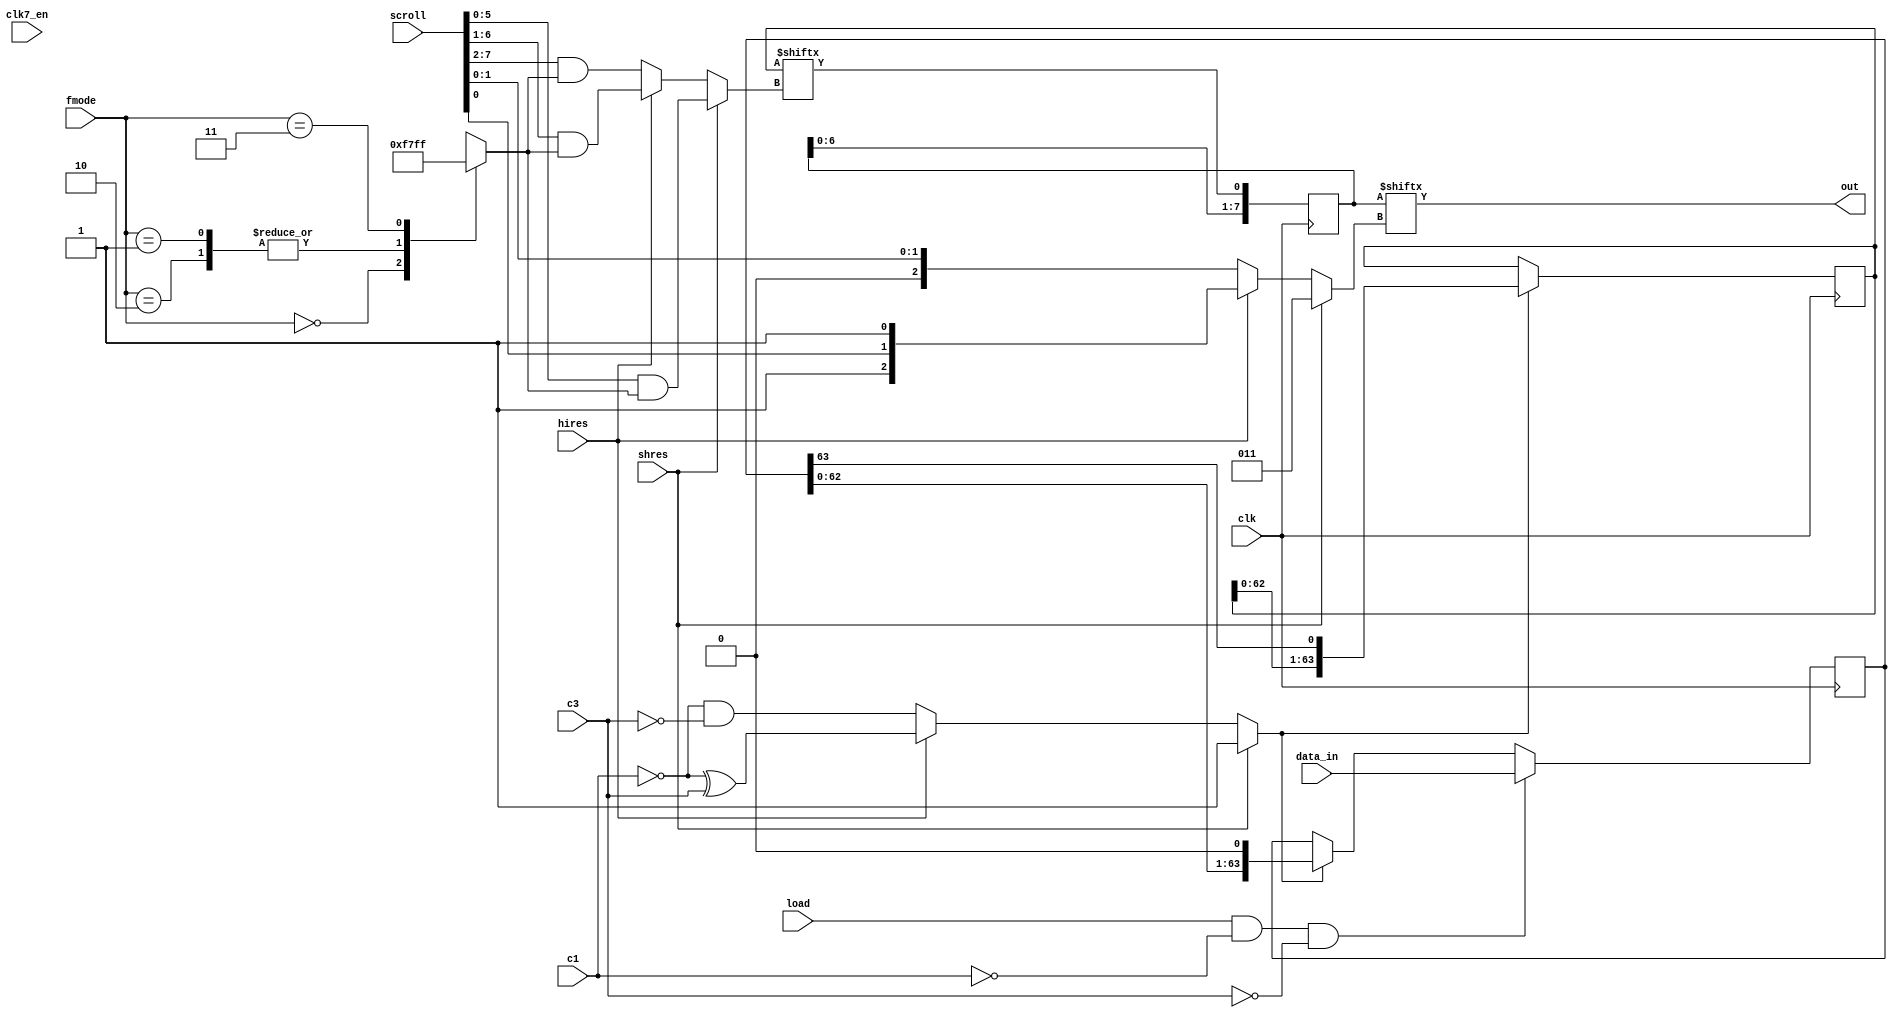
module denise_bitplane_shifter
(
  input  wire           clk,      
  input  wire           clk7_en,  
  input  wire           c1,       
  input  wire           c3,       
  input  wire           load,     
  input  wire           hires,    
  input  wire           shres,    
  input  wire [  2-1:0] fmode,    
  input  wire [ 64-1:0] data_in,  
  input  wire [  8-1:0] scroll,   
  output wire           out       
);
reg  [ 6-1:0] fmode_mask;         
reg  [64-1:0] shifter;            
reg  [64-1:0] scroller;           
reg           shift;              
reg  [ 6-1:0] select;             
wire          scroller_out;       
reg  [ 8-1:0] sh_scroller;        
reg  [ 3-1:0] sh_select;          
always @ (*) begin
  case(fmode[1:0])
    2'b00 : fmode_mask = 6'b00_1111;
    2'b01,
    2'b10 : fmode_mask = 6'b01_1111;
    2'b11 : fmode_mask = 6'b11_1111;
  endcase
end
always @ (*) begin
  if (shres) begin
    shift = 1'b1; 
    select[5:0] = scroll[5:0] & fmode_mask;
  end else if (hires) begin
    shift = ~c1 ^ c3; 
    select[5:0] = scroll[6:1] & fmode_mask;
  end else begin
    shift = ~c1 & ~c3; 
    select[5:0] = scroll[7:2] & fmode_mask;
  end
end
always @ (posedge clk) begin
  if (load && !c1 && !c3) begin
    shifter[63:0] <= data_in[63:0];
  end else if (shift) begin
    shifter[63:0] <= {shifter[62:0],1'b0};
  end
end
always @ (posedge clk) begin
  if (shift) begin
    scroller[63:0] <= {scroller[62:0],shifter[63]};
  end
end
assign scroller_out = scroller[select];
always @ (*) begin
  if (shres) begin
    sh_select = 3'b011;
  end else if (hires) begin
    sh_select = {1'b1, scroll[0], 1'b1}; 
  end else begin
    sh_select = {1'b0, scroll[1:0]};
  end
end
always @ (posedge clk) begin
  sh_scroller[7:0] <= {sh_scroller[6:0], scroller_out};
end
assign out = sh_scroller[sh_select];
endmodule